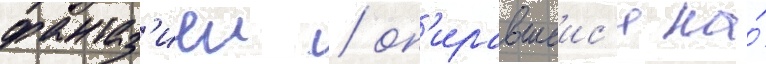
фантаз'иеи / оп'иравшеис'я на́